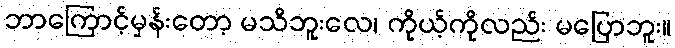
ဘာကြောင့်မှန်းတော့ မသိဘူးလေ၊ ကိုယ့်ကိုလည်း မပြောဘူး။